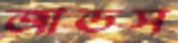
জাডস